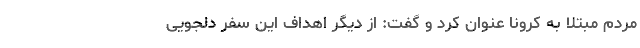
مردم مبتلا به کرونا عنوان کرد و گفت: از دیگر اهداف این سفر دلجویی